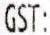
GST: